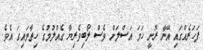
ފަހަރެއްގައި އޭނާ ރޮނީ ހަމަ އަސްލަށް ވެސް ލޯބިވެރިޔާ ގެއްލުމުގެ ހިތާމައިގަ އެވެ.